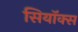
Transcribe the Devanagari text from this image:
सियॉक्स